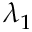
\lambda _ { 1 }